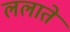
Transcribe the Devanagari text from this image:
ललाते